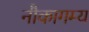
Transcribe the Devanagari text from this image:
नौकागम्य